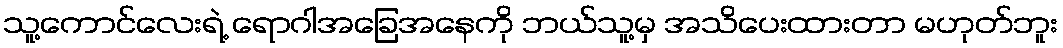
သူ့ကောင်လေးရဲ့ ရောဂါအခြေအနေကို ဘယ်သူ့မှ အသိပေးထားတာ မဟုတ်ဘူး